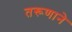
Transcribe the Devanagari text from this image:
तरूणाने